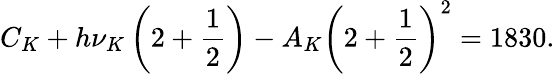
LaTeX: C_{K}+h\nu_{K}\left(2+\frac{1}{2}\right)-A_{K}\left(2+\frac{1}{2}\right)^{2}=1830.